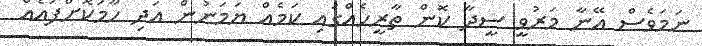
ނަމަވެސް އޭނާ މަރުވީ ސީދާ ކޮން ތާރީހެއްގައި ކަމެއް ޔަމަނުން އަދި ހާމަކޮށްފައެއް